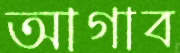
আগাব